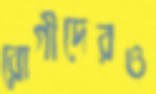
রোগীদেরও